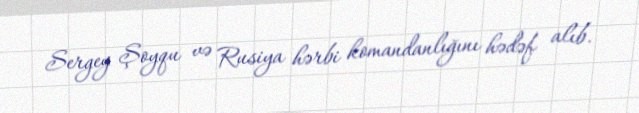
Sergey Şoyqu və Rusiya hərbi komandanlığını hədəf alıb.